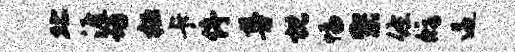
北涯功桓卡停尊枕幅架佐修逼